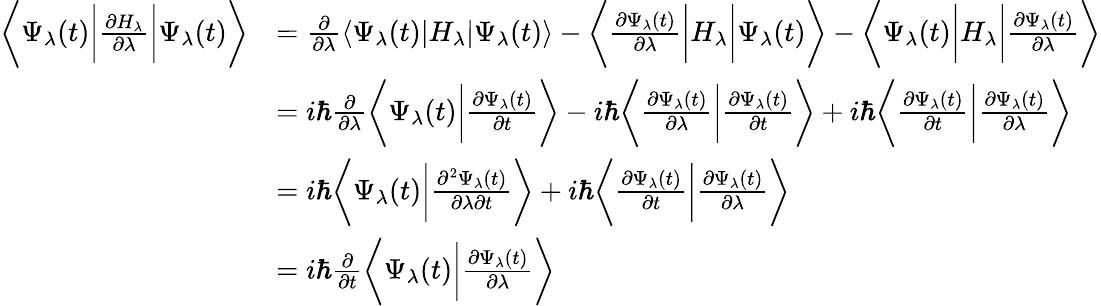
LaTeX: {\begin{array}{rl}{{\bigg\langle}\Psi_{\lambda}(t){\bigg|}{\frac{\partial H_{\lambda}}{\partial\lambda}}{\bigg|}\Psi_{\lambda}(t){\bigg\rangle}}&{={\frac{\partial}{\partial\lambda}}\langle\Psi_{\lambda}(t)|H_{\lambda}|\Psi_{\lambda}(t)\rangle-{\bigg\langle}{\frac{\partial\Psi_{\lambda}(t)}{\partial\lambda}}{\bigg|}H_{\lambda}{\bigg|}\Psi_{\lambda}(t){\bigg\rangle}-{\bigg\langle}\Psi_{\lambda}(t){\bigg|}H_{\lambda}{\bigg|}{\frac{\partial\Psi_{\lambda}(t)}{\partial\lambda}}{\bigg\rangle}}\\ &{=i\hbar{\frac{\partial}{\partial\lambda}}{\bigg\langle}\Psi_{\lambda}(t){\bigg|}{\frac{\partial\Psi_{\lambda}(t)}{\partial t}}{\bigg\rangle}-i\hbar{\bigg\langle}{\frac{\partial\Psi_{\lambda}(t)}{\partial\lambda}}{\bigg|}{\frac{\partial\Psi_{\lambda}(t)}{\partial t}}{\bigg\rangle}+i\hbar{\bigg\langle}{\frac{\partial\Psi_{\lambda}(t)}{\partial t}}{\bigg|}{\frac{\partial\Psi_{\lambda}(t)}{\partial\lambda}}{\bigg\rangle}}\\ &{=i\hbar{\bigg\langle}\Psi_{\lambda}(t){\bigg|}{\frac{\partial^{2}\Psi_{\lambda}(t)}{\partial\lambda\partial t}}{\bigg\rangle}+i\hbar{\bigg\langle}{\frac{\partial\Psi_{\lambda}(t)}{\partial t}}{\bigg|}{\frac{\partial\Psi_{\lambda}(t)}{\partial\lambda}}{\bigg\rangle}}\\ &{=i\hbar{\frac{\partial}{\partial t}}{\bigg\langle}\Psi_{\lambda}(t){\bigg|}{\frac{\partial\Psi_{\lambda}(t)}{\partial\lambda}}{\bigg\rangle}}\end{array}}